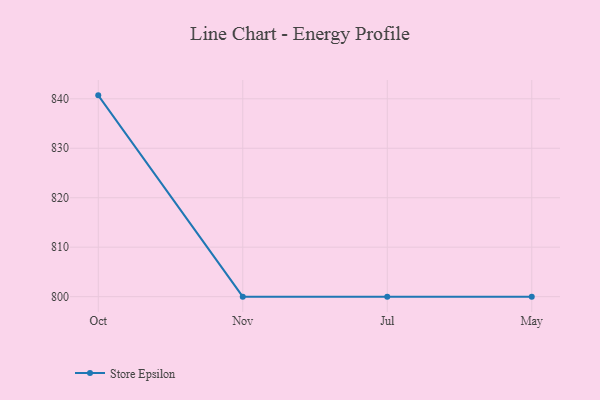
{"axis": {"x": "Month", "y": "Backlog"}, "legend": ["Store Epsilon"], "data": [{"x": "Oct", "y": 840.7, "type": "Store Epsilon"}, {"x": "Nov", "y": 800, "type": "Store Epsilon"}, {"x": "Jul", "y": 800, "type": "Store Epsilon"}, {"x": "May", "y": 800, "type": "Store Epsilon"}]}